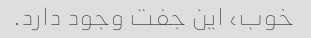
خوب، این جفت وجود دارد.